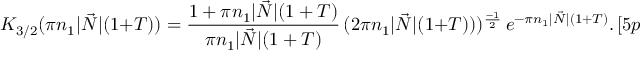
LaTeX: K _ { 3 / 2 } ( \pi n _ { 1 } | \vec { N } | ( 1 + T ) ) = \frac { 1 + \pi n _ { 1 } | \vec { N } | ( 1 + T ) } { \pi n _ { 1 } | \vec { N } | ( 1 + T ) } \, ( 2 \pi n _ { 1 } | \vec { N } | ( 1 + T ) ) ) ^ { \frac { - 1 } { 2 } } \, e ^ { - \pi n _ { 1 } | \vec { N } | ( 1 + T ) } . \, [ 5 p t ]